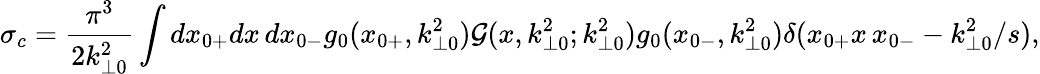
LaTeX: \sigma_{c}=\frac{\pi^{3}}{2k_{\perp 0}^{2}}\int dx_{0+}dx\, dx_{0-}g_{0}(x_{0+},k_{\perp 0}^{2})\mathcal{G}(x,k_{\perp 0}^{2};k_{\perp 0}^{2})g_{0}(x_{0-},k_{\perp 0}^{2})\delta(x_{0+}x\, x_{0-}-k_{\perp 0}^{2}/s),